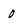
Character: O